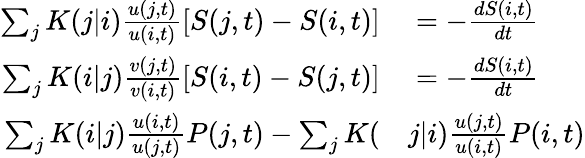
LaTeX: \begin{array}{rl}{\sum_{j}K(j|i)\frac{u(j,t)}{u(i,t)}[S(j,t)-S(i,t)]}&{{}=-\frac{dS(i,t)}{dt}}\\ {\sum_{j}K(i|j)\frac{v(j,t)}{v(i,t)}[S(i,t)-S(j,t)]}&{{}=-\frac{dS(i,t)}{dt}}\\ {\sum_{j}K(i|j)\frac{u(i,t)}{u(j,t)}P(j,t)-\sum_{j}K(}&{{}j|i)\frac{u(j,t)}{u(i,t)}P(i,t)}\end{array}